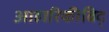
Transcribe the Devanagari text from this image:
आहारिकीविद्